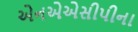
એનએએસીપીના